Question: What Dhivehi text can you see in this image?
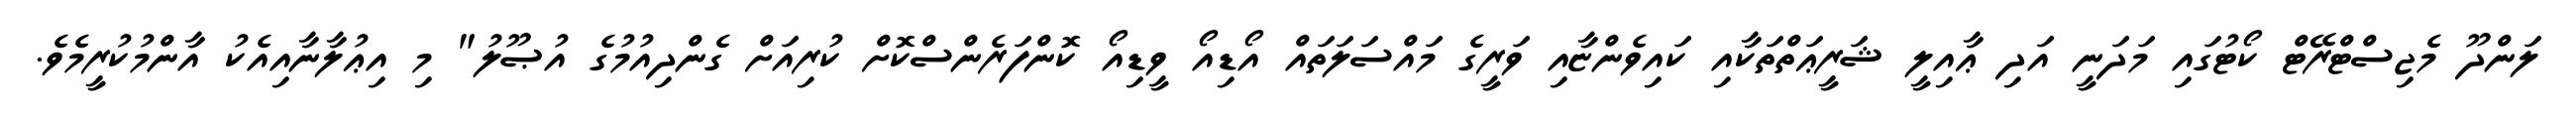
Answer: ލަންދޫ މެޖިސްޓްރޭޓް ކޯޓުގައި މަދަނީ އަދި ޢާއިލީ ޝަރީޢަތްތަކާއި ކައިވެންޏާއި ވަރީގެ މައްސަލަތައް އޯޑިއޯ ވީޑިއޯ ކޮންފަރެންސްކޮށް ކުރިއަށް ގެންދިއުމުގެ އުޞޫލު" މި އިޢުލާނާއިއެކު އާންމުކުރީމެވެ.